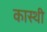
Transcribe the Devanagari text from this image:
कास्थी